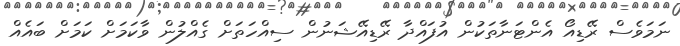
ނަމަވެސް ރޭޑިއޯ އެންޓަނާތަކުން އުފައްދާ ރޭޑިއޭޝަނުން ސިއްހަތަށް ގެއްލުން ވާކަމަށް ކަމަށް ބައެއް